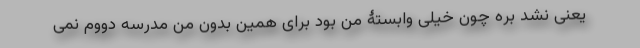
یعنی نشد بره چون خیلی وابستۀ من بود برای همین بدون من مدرسه دووم نمی